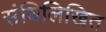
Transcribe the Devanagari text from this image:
संधिलिखित